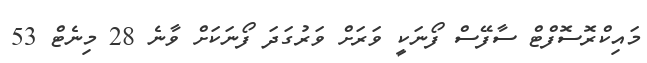
މައިކްރޮސޮފްޓް ސާފޭސް ފޯނަކީ ވަރަށް ވަރުގަދަ ފޯނަކަށް ވާނެ 28 މިނެޓް 53